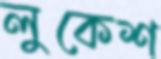
লুকেশ